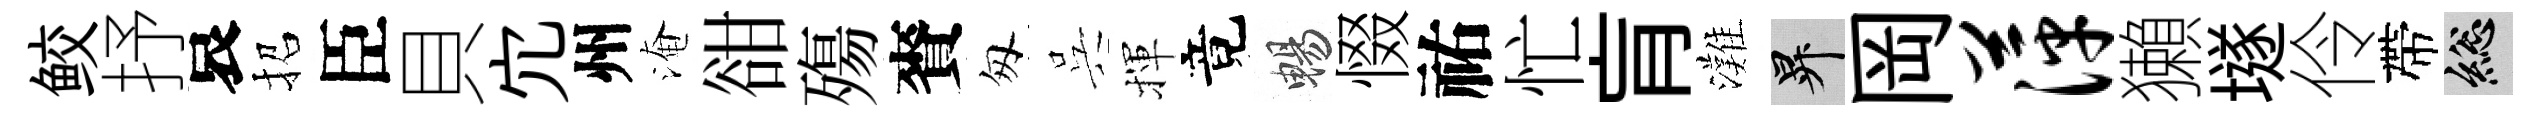
鲛抒哀招臣貝宂州淹𧮳殤賚匆呉揮竟暢惙祐忙肓灘升岡萍獺𡑞伶帶總